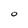
Character: O